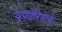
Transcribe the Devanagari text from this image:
युफोरियाने